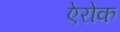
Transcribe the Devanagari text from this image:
ऐरोक